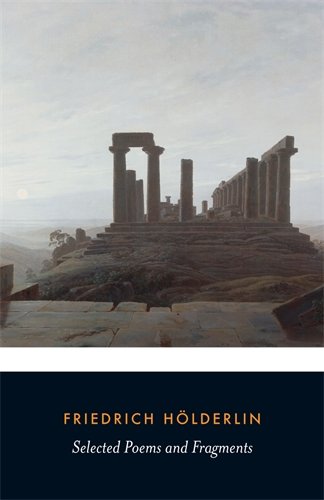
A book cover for Selected Poems and Fragments (Penguin Classics); Friedrich Holderlin; Literature & Fiction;